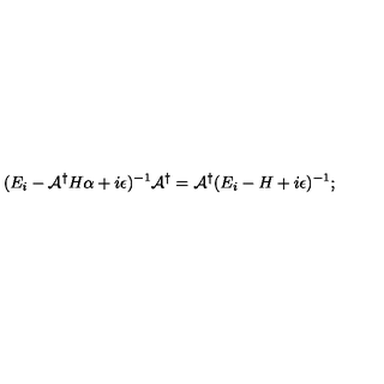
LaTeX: ( E _ { i } - { \cal A } ^ { \dagger } H \alpha + i \epsilon ) ^ { - 1 } { \cal A } ^ { \dagger } = { \cal A } ^ { \dagger } ( E _ { i } - H + i \epsilon ) ^ { - 1 } ;